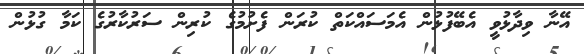
އޭނާ ވިދާޅުވީ އެބޭފުޅުން އެމަސައްކަތް ކުރަން ފެށުމުގެ ކުރިން ސަރުކާރުގެ ކަމާ ގުޅުން